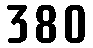
380